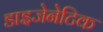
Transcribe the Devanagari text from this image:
डाइजेनेटिक